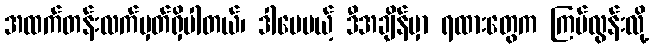
အထက်တန်းလက်မှတ်ရှိပါတယ်၊ ဒါပေမယ့် ဒီအချိန်မှာ ရထားတွေက ကြပ်လွန်းလို့